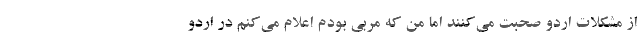
از مشکلات اردو صحبت می‌کنند اما من که مربی بودم اعلام می‌کنم در اردو